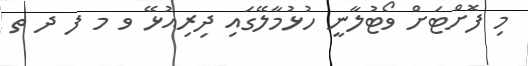
މި ފޮށްޓަށް ވޯޓުލާނީ ހުޅުމާލޭގައި ދިރިއުޅޭ ވ މ ފ ދ ތ